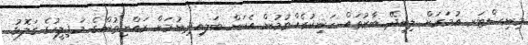
މިނިސްޓަރ އުމަރަށް ލިބިދޭ ބާރުތައް ހަނިކުރެއްވުމުން އެކަން ބަލއިދިނުމަށް ރައްޔިތުންގެ މަޖިލީހުގެ ގަލޮޅު